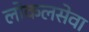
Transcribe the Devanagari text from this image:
लोकलसेवा